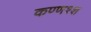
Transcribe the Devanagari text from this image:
कण्णश्श